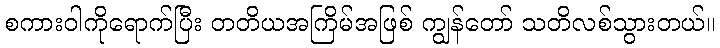
စကားဝါကိုရောက်ပြီး တတိယအကြိမ်အဖြစ် ကျွန်တော် သတိလစ်သွားတယ်။